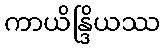
ကာယိန္ဒြိယဿ